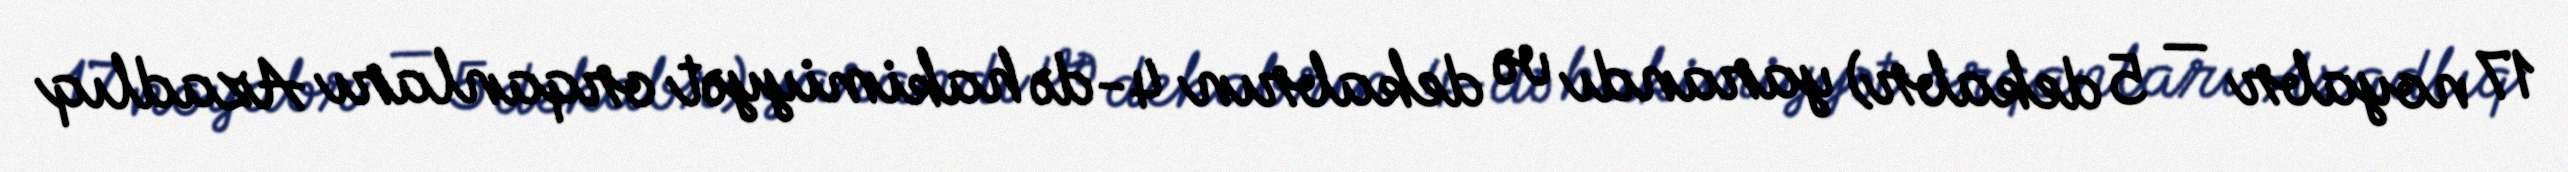
17 noyabr — 5 dekabr) yarandı və dekabrın 4-də hakimiyyət orqanları Azadlıq